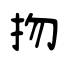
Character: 𢪱